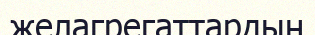
желагрегаттардың